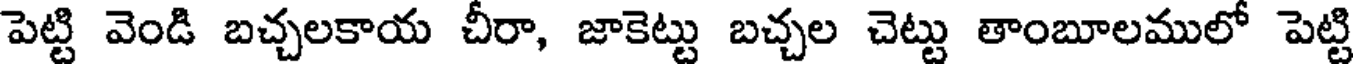
పెట్టి వెండి బచ్చలకాయ చీరా, జాకెట్టు బచ్చల చెట్టు తాంబూలములో పెట్టి